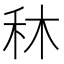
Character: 𥝰